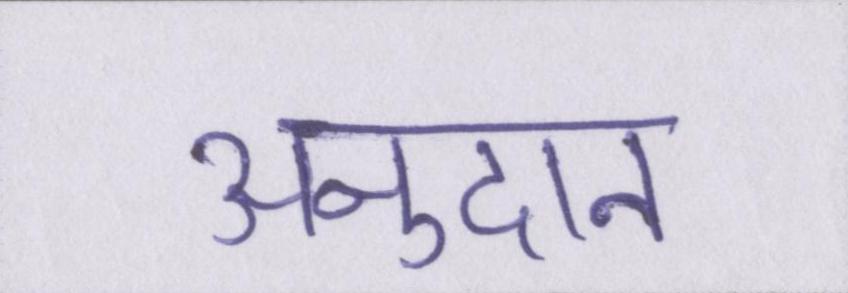
अनुदान